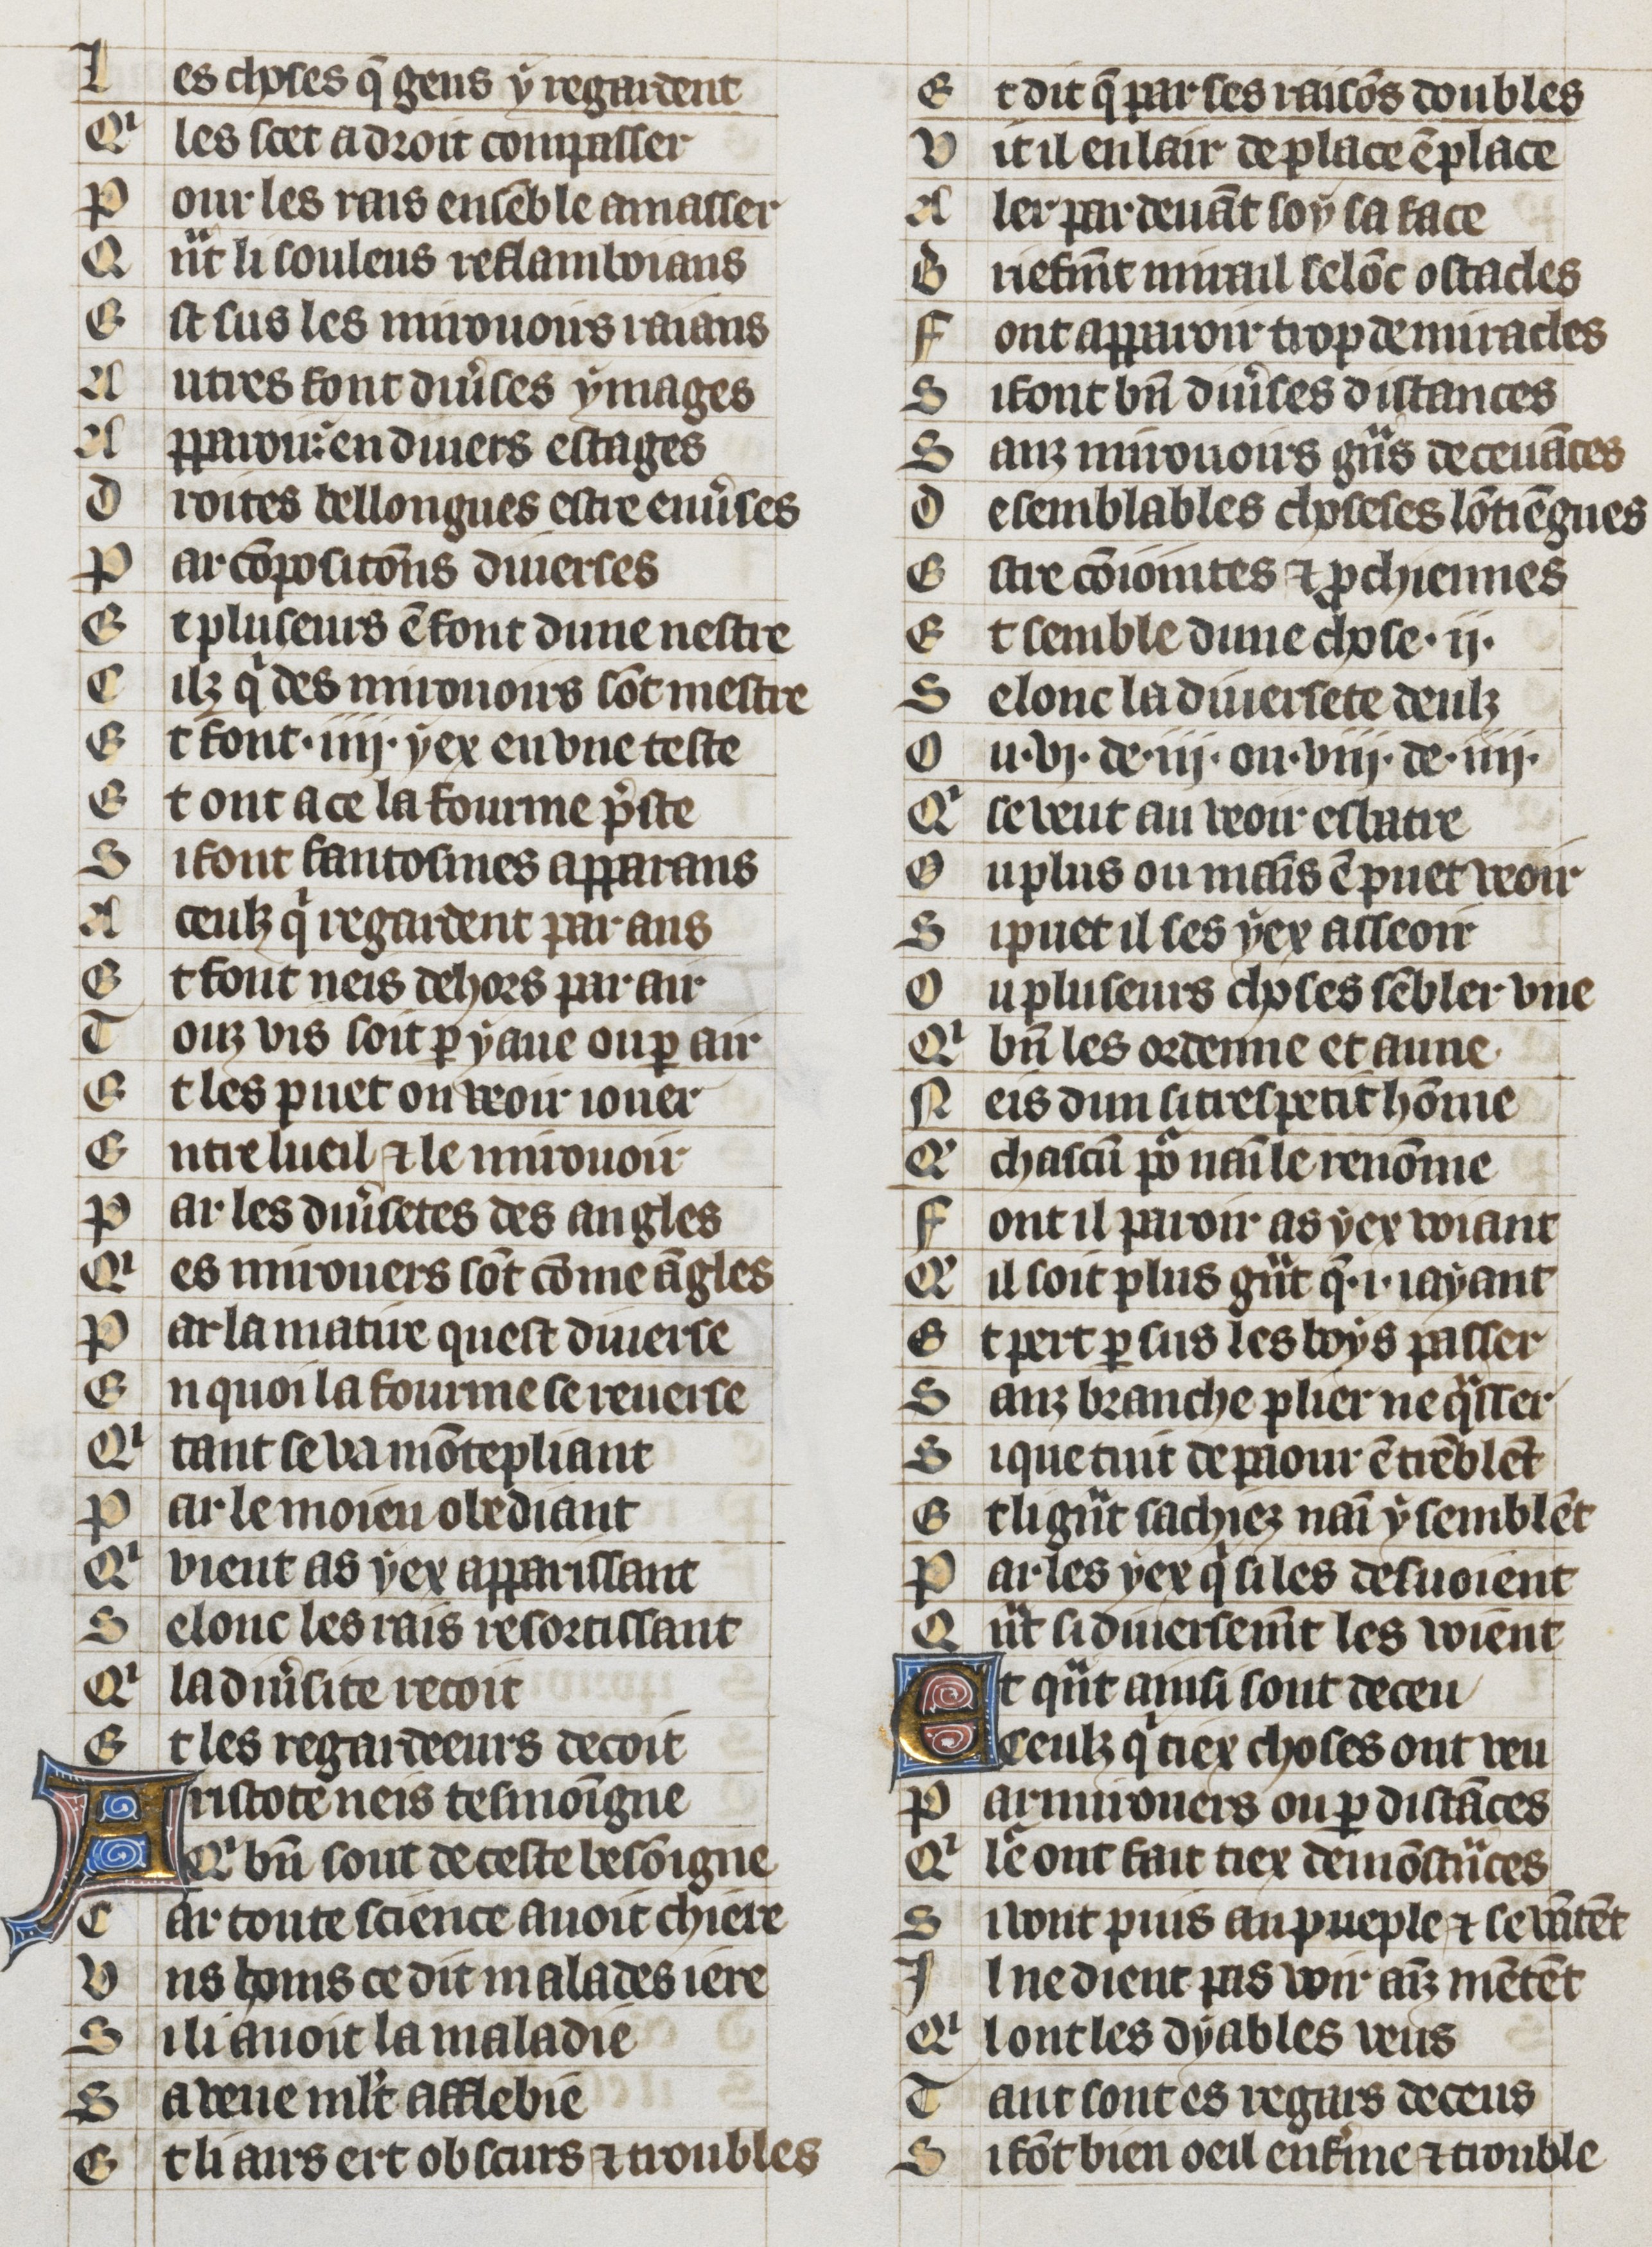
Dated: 1353–1353